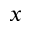
x